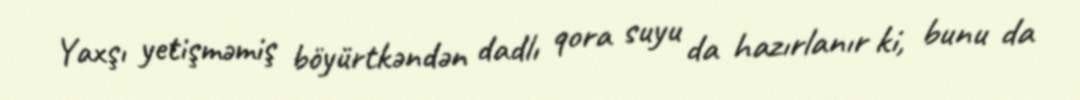
Yaxşı yetişməmiş böyürtkəndən dadlı qora suyu da hazırlanır ki, bunu da